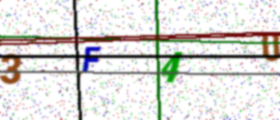
Text: 3F4U